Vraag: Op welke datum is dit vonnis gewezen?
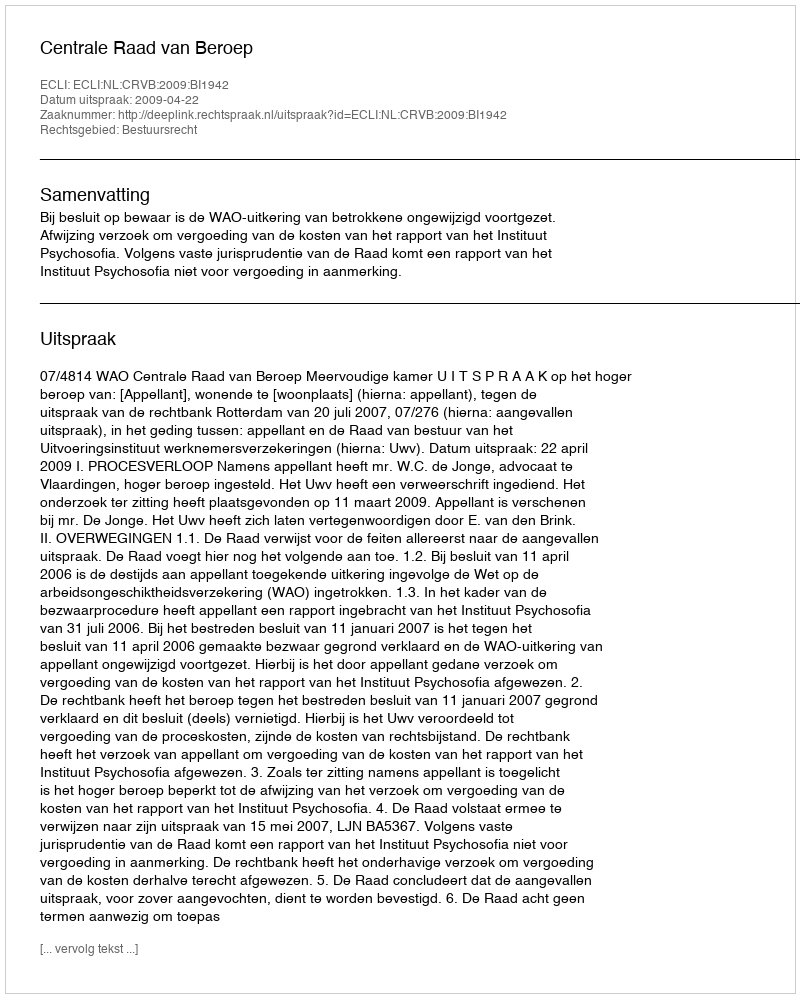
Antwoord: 2009-04-22